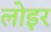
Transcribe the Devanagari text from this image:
लोइर